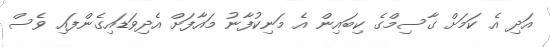
އަދި އެ ކަމަށް ގާސިމްގެ ކިބައިން އެ މަނިކުފާނު މައާފަށް އެދިވަޑައިގެންފައި ވެސް